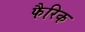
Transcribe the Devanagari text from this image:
फैरिक